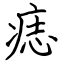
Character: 痣